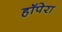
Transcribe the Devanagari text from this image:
हॉपेरा